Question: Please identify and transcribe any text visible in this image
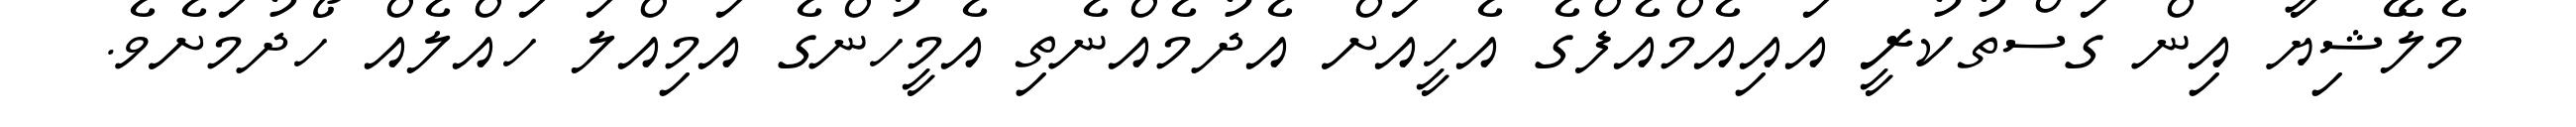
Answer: މެލޭޝިޔާ އިން ގަސްތުކުރީ އައިއެމްއެފްގެ އެހީއަށް އެދުމެއްނެތި އެމީހުންގެ އަމިއްލަ ހައްލެއް ހޯދުމަށެވެ.